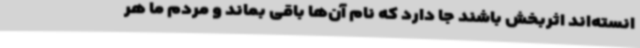
انسته‌اند اثربخش باشند جا دارد که نام آن‌ها باقی بماند و مردم ما هر